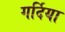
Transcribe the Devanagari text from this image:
गर्दिया